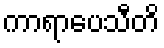
ကာရာပေသီတိ